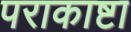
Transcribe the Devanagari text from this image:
पराकाष्टा